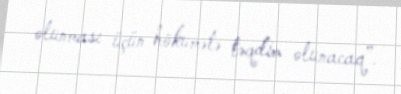
olunması üçün hökumətə təqdim olunacaq”.